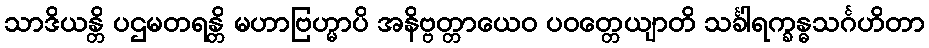
သာဒိယန္တိ ပဌမတရန္တိ မဟာဗြဟ္မာပိ အနိဗ္ဗတ္တာယေဝ ပဝတ္တေယျာတိ သင်္ခါရက္ခန္ဓသင်္ဂဟိတာ